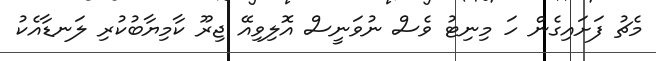
މެޗު ފަށައިގެން ހަ މިނިޓު ވެސް ނުވަނީސް އޮލިވިއޭ ޖިރޫ ކާމިޔާބުކުރި ލަނޑާއެކު